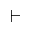
\vdash